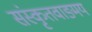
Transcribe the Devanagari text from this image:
संस्कृतवाङ्मय